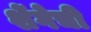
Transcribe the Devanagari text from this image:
शेंगेची